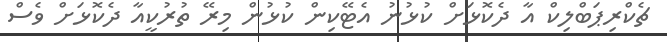
ޗެކްރިޕަބްލިކް އާ ދެކޮޅަށް ކުޅުނު އެޓޭކިން ކުޅުން މިރޭ ތުރުކީއާ ދެކޮޅަށް ވެސް